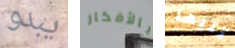
يبدو بالأفكار تليها